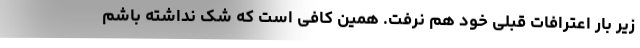
زیر بار اعترافات قبلی خود هم نرفت. همین کافی است که شک نداشته باشم